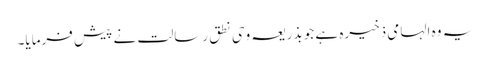
یہ وہ الہامی ذخیرہ ہے جو بذریعہ وحی نطق رسالت نے پیش فرمایا۔